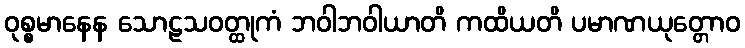
ဝုစ္စမာနေန သောဠသဝတ္ထုကံ ဘဝါဘဝါယာတိ ကထိယတိ ပမာဏယုတ္တောဝ